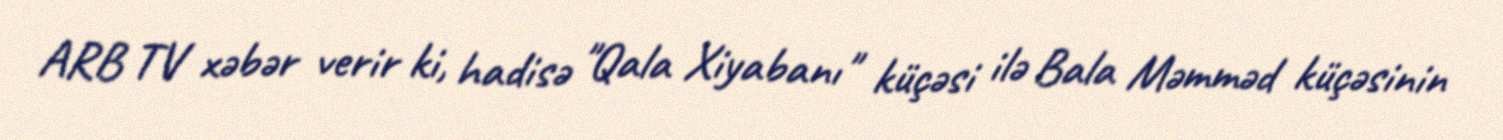
ARB TV xəbər verir ki, hadisə "Qala Xiyabanı" küçəsi ilə Bala Məmməd küçəsinin